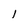
Character: l